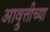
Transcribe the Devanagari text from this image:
आव्रुत्तीच्या